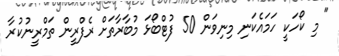
" މި ކޯހަކީ ހަމައެކަނި މިނިވަން 50 ފުޓްބޯޅަ މުބާރާތަށް ރެފްރީން ތަމްރީނުކުރާ